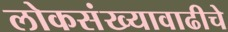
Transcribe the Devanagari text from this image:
लोकसंख्यावाढीचे